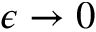
\epsilon \to 0